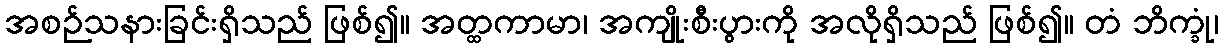
အစဉ်သနားခြင်းရှိသည် ဖြစ်၍။ အတ္ထကာမာ၊ အကျိုးစီးပွားကို အလိုရှိသည် ဖြစ်၍။ တံ ဘိက္ခုံ၊